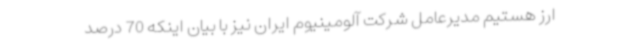
ارز هستیم مدیرعامل شرکت آلومینیوم ایران نیز با بیان اینکه 70 درصد